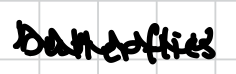
Text: butterflies
Cross-out: mix
Writing tool: digital_black